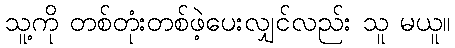
သူ့ကို တစ်တုံးတစ်ဖဲ့ပေးလျှင်လည်း သူ မယူ။